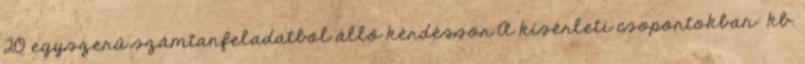
20 egyszerű számtanfeladatból álló kérdéssor A kísérleti csoportokban: kb.